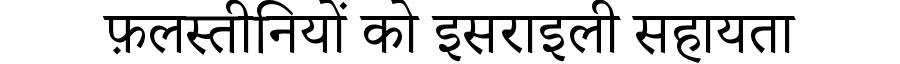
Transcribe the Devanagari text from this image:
फ़लस्तीनियों को इसराइली सहायता